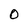
Character: O